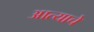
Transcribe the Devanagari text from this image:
आत्याचे